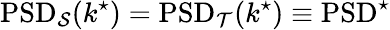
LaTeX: \mathrm{PSD}_{\mathcal{S}}(k^{\star})=\mathrm{PSD}_{\mathcal{T}}(k^{\star})\equiv\mathrm{PSD}^{\star}